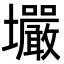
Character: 壧